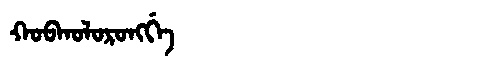
Manchu: ᡴᠣᠪᡴᠣᠯᠣᡵᠣᠩᡤᡝ
Romanization: KOBKOLORONGGE